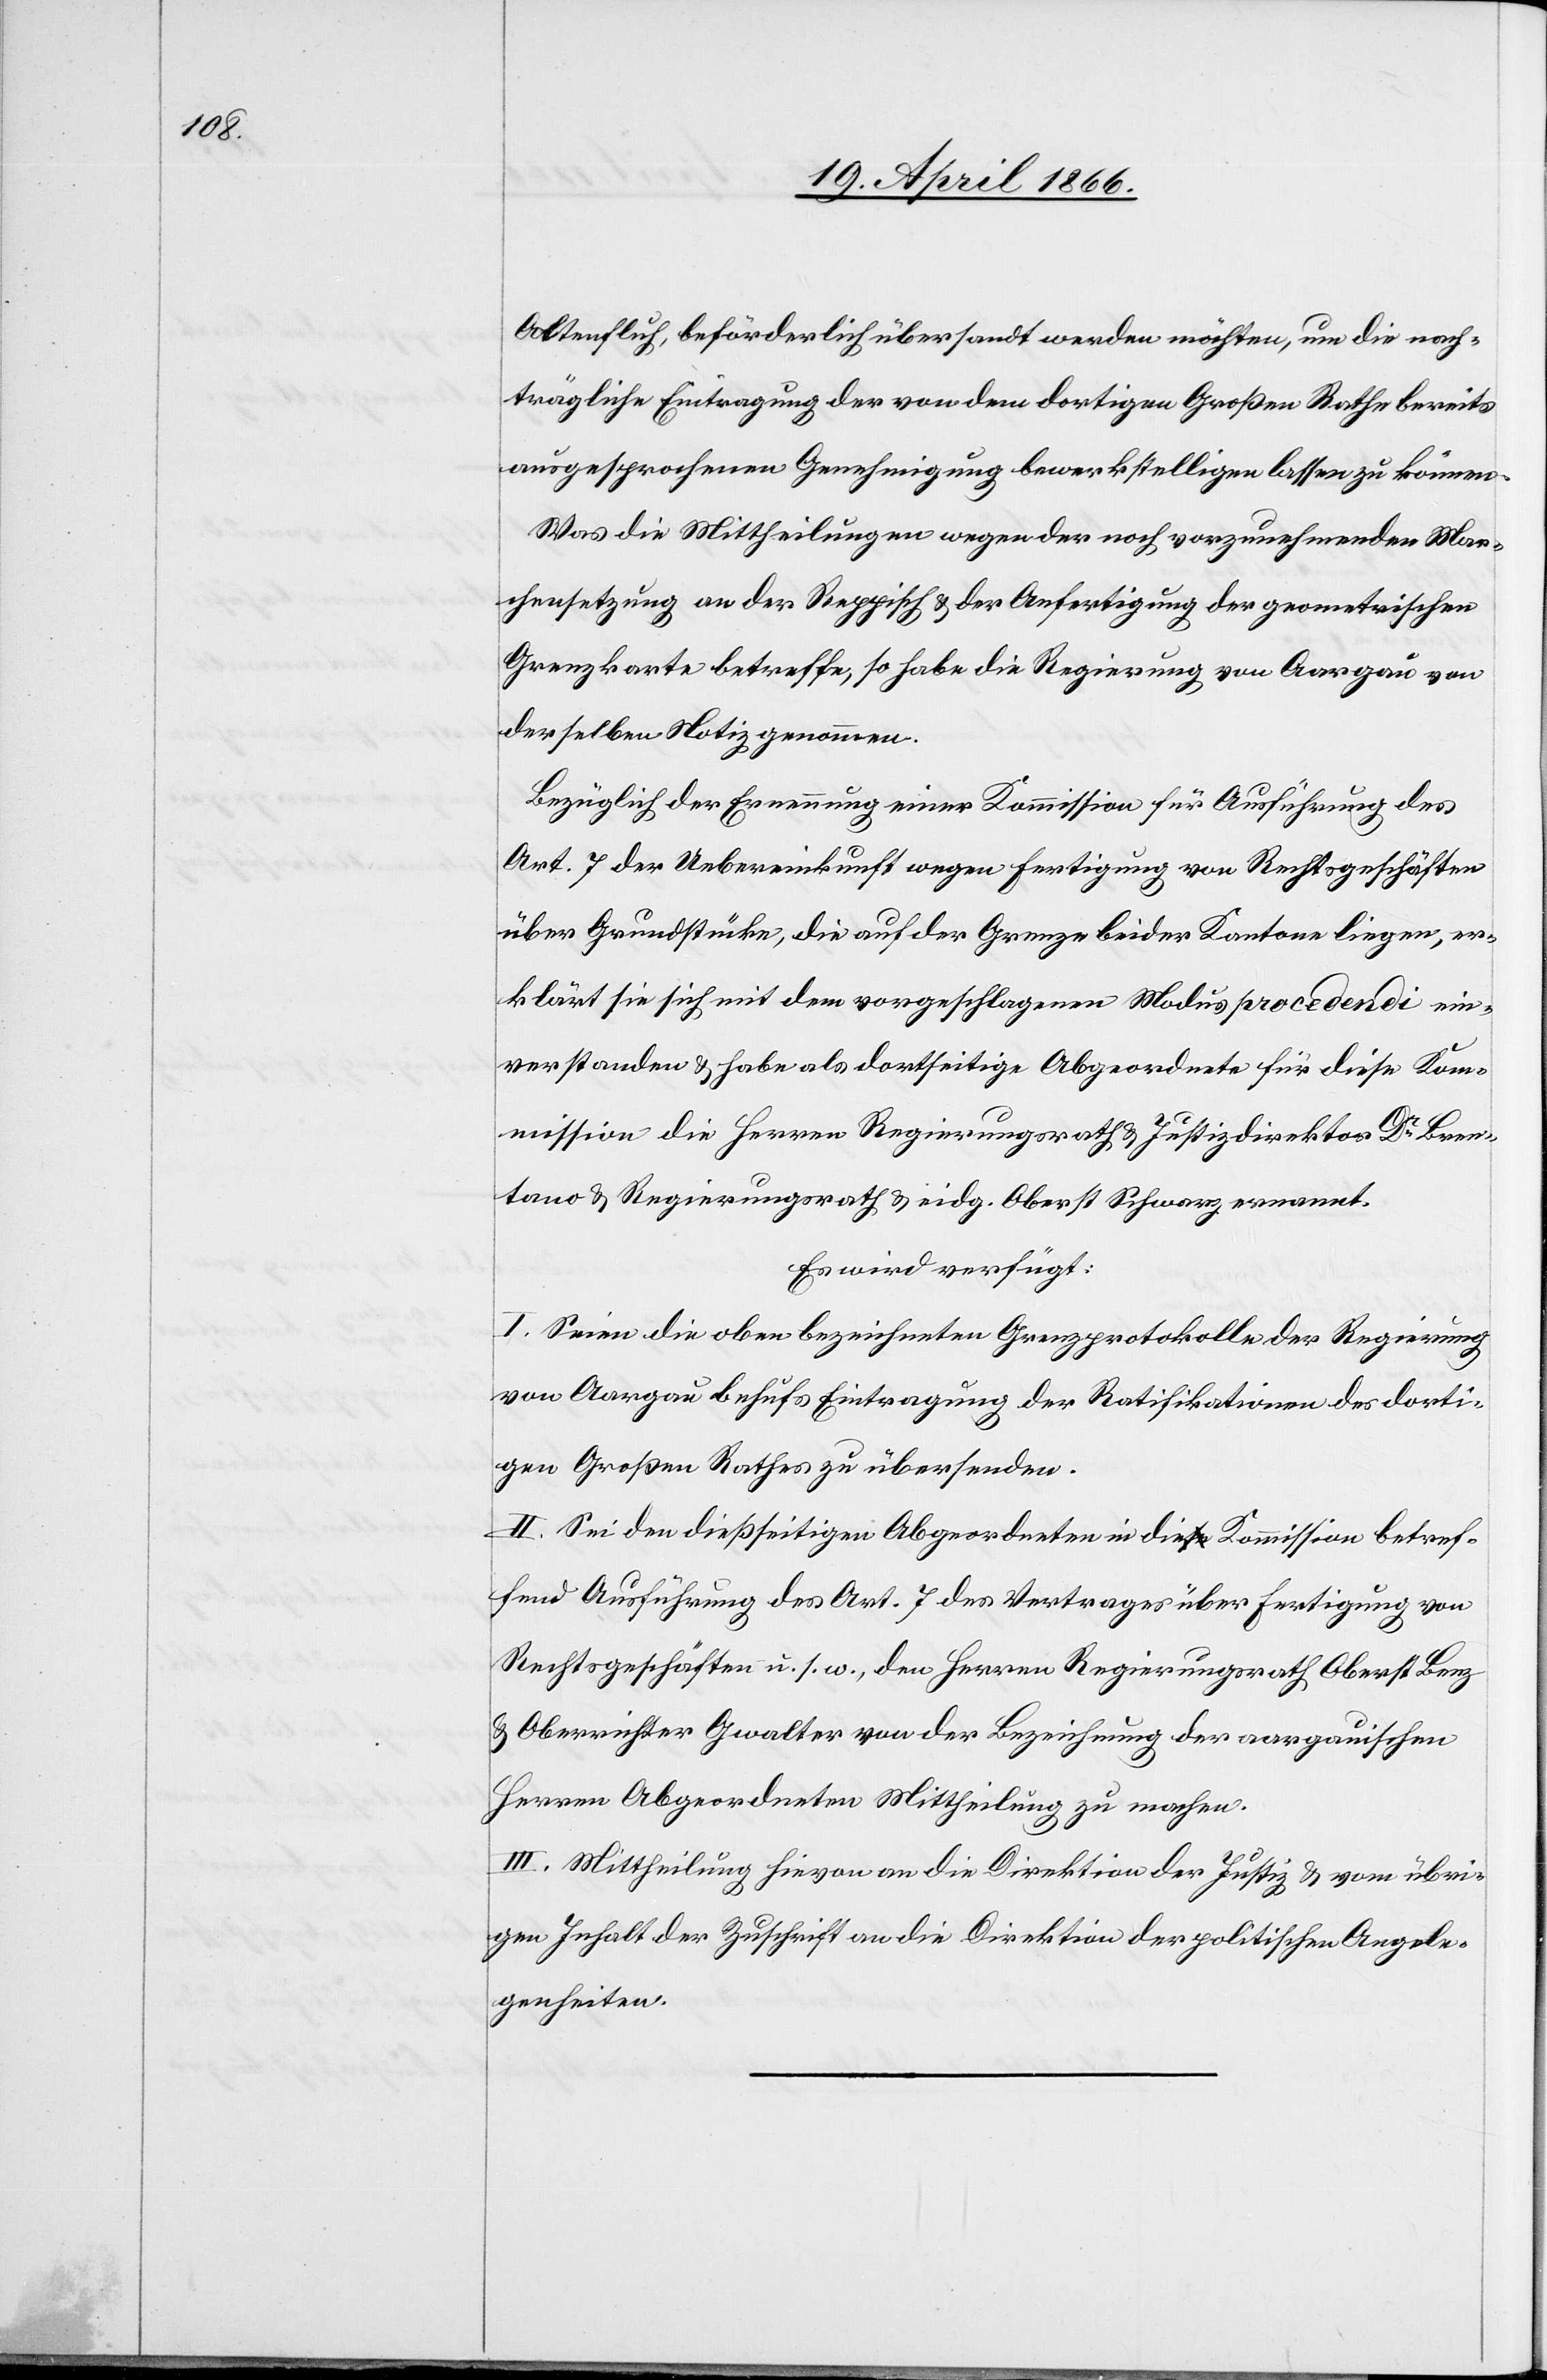
Altenfluh, beförderlich übersandt werden möchten, um die nach¬
trägliche Eintragung der von dem dortigen Großen Rathe bereits
ausgesprochenen Genehmigung bewerkstelligen lassen zu können.
Was die Mittheilungen wegen der noch vorzunehmenden Mar¬
chensetzung an der Reppisch u. der Anfertigung der geometrischen
Grenzkarte betreffe, so habe die Regierung von Aargau von
derselben Notiz genommen.
Bezüglich der Ernennung einer Kommission für Ausführung des
Art. 7 der Uebereinkunft wegen Fertigung von Rechtsgeschäften
über Grundstücke, die auf der Grenze beider Kantone liegen, er¬
klärt sie sich mit dem vorgeschlagenen Modus procedendi ein¬
verstanden u. habe die Herren Regierungsrath u. Justizdirektor Dr. Bren¬
tano u. Regierungsrath u. eidg. Oberst Schwarz ernannt.
Es wird verfügt:
I. Seien die oben bezeichneten Grenzprotokolle der Regierung
von Aargau behufs Eintragung der Ratifikationen des dorti¬
gen Großen Rathes zu übersenden.
II. Sei den dießseitigen Abgeordneten in die Kommission betref¬
fend Ausführung des Art. 7 des Vertrages über Fertigung von
Rechtsgeschäften u. s. w., den Herren Regierungsrath Oberst Benz
u. Oberrichter Gwalter von der Bezeichnung der aargauischen
Herren Abgeordneten Mittheilung zu machen.
III. Mittheilung hievon an die Direktion der Justiz u. vom übri¬
gen Inhalt der Zuschrift an die Direktion der politischen Angele¬
genheiten.